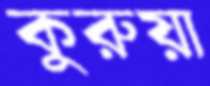
কুরুয়া